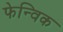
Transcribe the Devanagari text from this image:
फेन्विक